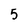
Character: 5